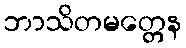
ဘာသိတမတ္တေန